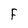
Character: F